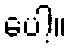
ပေါ့။